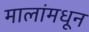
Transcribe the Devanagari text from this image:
मालांमधून